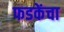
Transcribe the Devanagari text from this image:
फडकेंचा